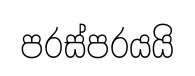
පරස්පරයයි